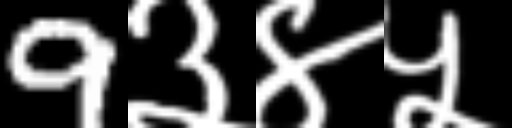
Text: 9३४५